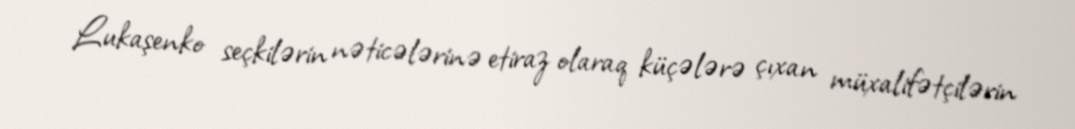
Lukaşenko seçkilərin nəticələrinə etiraz olaraq küçələrə çıxan müxalifətçilərin